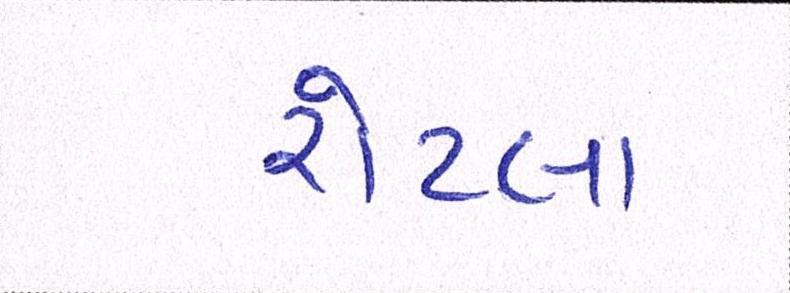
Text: રોટલા